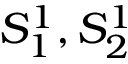
S _ { 1 } ^ { 1 } , S _ { 2 } ^ { 1 }